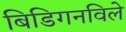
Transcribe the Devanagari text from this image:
बिडिगनविले